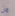
من